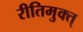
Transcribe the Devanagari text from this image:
रीतिमुक्त्